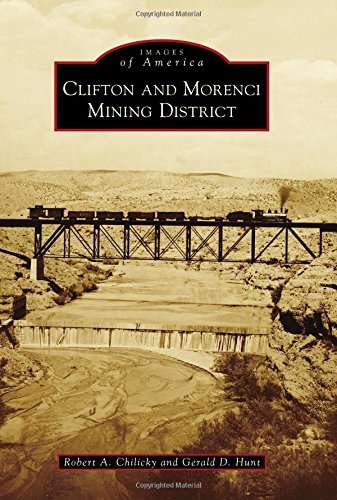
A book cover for Clifton and Morenci Mining District (Images of America); Robert A. Chilicky; Engineering & Transportation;